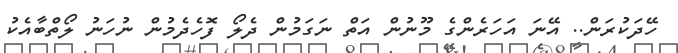
ހޭދަކުރަން.. އޭނަ އަހަރެންގެ މޫނުން އަތް ނަގަމުން ދެލޯ ފޮހެދެމުން ނުހަނު ލޯތްބާއެކު